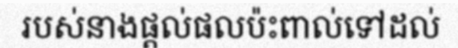
របស់នាងផ្តល់ផលប៉ះពាល់ទៅដល់